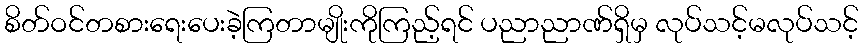
စိတ်ဝင်တစားရေးပေးခဲ့ကြတာမျိုးကိုကြည့်ရင် ပညာညာဏ်ရှိမှ လုပ်သင့်မလုပ်သင့်